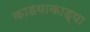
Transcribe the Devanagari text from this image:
काडयाकाड्या